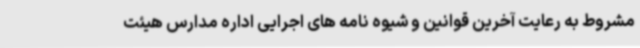
مشروط به رعایت آخرین قوانین و شیوه نامه های اجرایی اداره مدارس هیئت